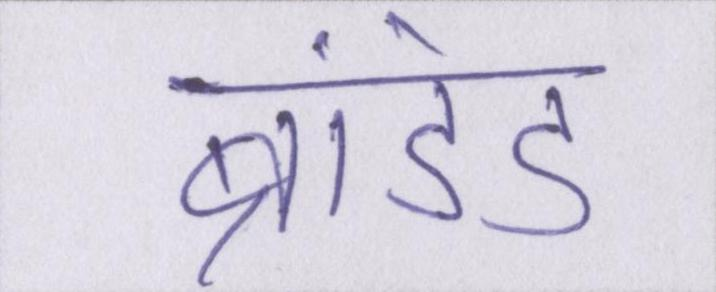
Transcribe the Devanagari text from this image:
ब्रांडेड